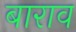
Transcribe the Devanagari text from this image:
बाराव